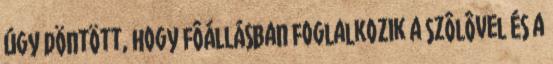
úgy döntött, hogy fôállásban foglalkozik a szôlôvel és a